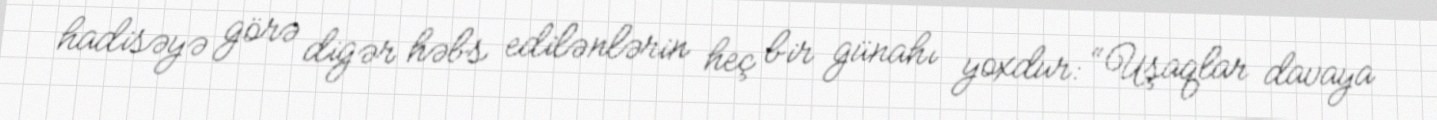
hadisəyə görə digər həbs edilənlərin heç bir günahı yoxdur: “Uşaqlar davaya